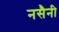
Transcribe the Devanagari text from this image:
नसैनी